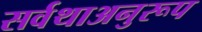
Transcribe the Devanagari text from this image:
सर्वथाअनुरूप